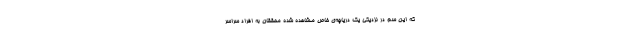
که این سم در نزدیکی یک دریاچه‌ی خاص مشاهده شده محققان به افراد سراسر